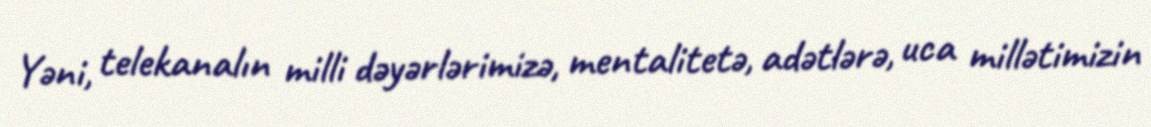
Yəni, telekanalın milli dəyərlərimizə, mentalitetə, adətlərə, uca millətimizin